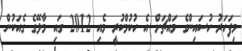
މިފަހަރު ހުސައިންގެ މައްޗަށް އެ ހުކުމްކުރީ މެއި 2012 ގައި މާލޭގެ ގެއަކުން